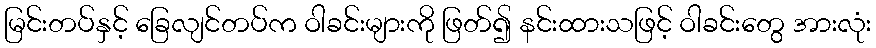
မြင်းတပ်နှင့် ခြေလျင်တပ်က ဝါခင်းများကို ဖြတ်၍ နင်းထားသဖြင့် ဝါခင်းတွေ အားလုံး